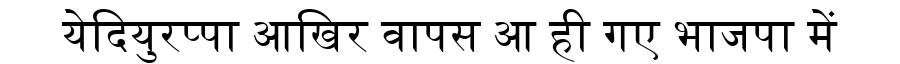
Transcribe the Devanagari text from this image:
येदियुरप्पा आखिर वापस आ ही गए भाजपा में